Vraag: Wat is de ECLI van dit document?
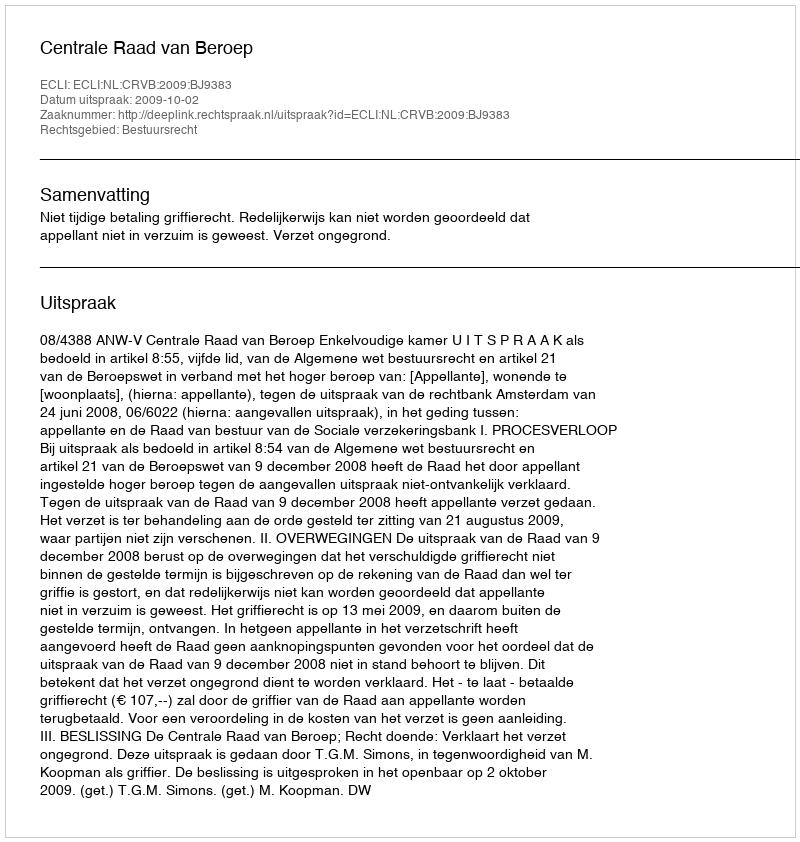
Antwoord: ECLI:NL:CRVB:2009:BJ9383